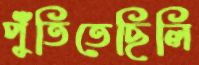
পুঁতিতেছিলি